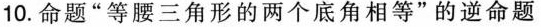
10.命题”等腰三角形的两个底角相等”的逆命题